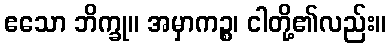
ဧသော ဘိက္ခု။ အမှာကဉ္စ၊ ငါတို့၏လည်း။